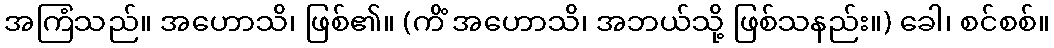
အကြံသည်။ အဟောသိ၊ ဖြစ်၏။ (ကိံ အဟောသိ၊ အဘယ်သို့ ဖြစ်သနည်း။) ခေါ၊ စင်စစ်။